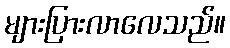
များပြားလာလေသည်။